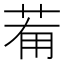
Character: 𦯞